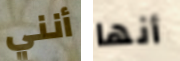
أنني أنها